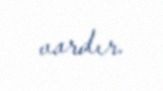
vardır.